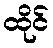
ထိုင်